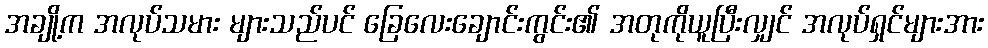
အချို့က အလုပ်သမား များသည်ပင် ခြေလေးချောင်းကွင်း၏ အတုကိုယူပြီးလျှင် အလုပ်ရှင်များအား